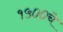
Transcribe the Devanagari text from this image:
१५००चे